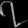
Digit: ၇